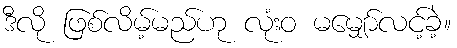
ဒီလို ဖြစ်လိမ့်မည်ဟု လုံးဝ မမျှော်လင့်ခဲ့။